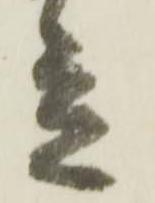
立